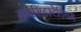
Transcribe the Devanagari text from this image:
मानसिंहस्टेडियम